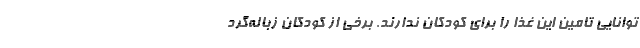
توانایی تامین این غذا را برای کودکان ندارند. برخی از کودکان زباله‌گرد